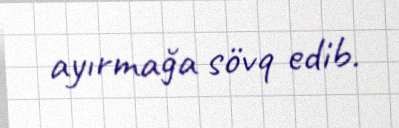
ayırmağa sövq edib.